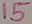
Text: 15